Vaccine operations Central Provinces 1868-1885 - 1868-1885
Year: 1868
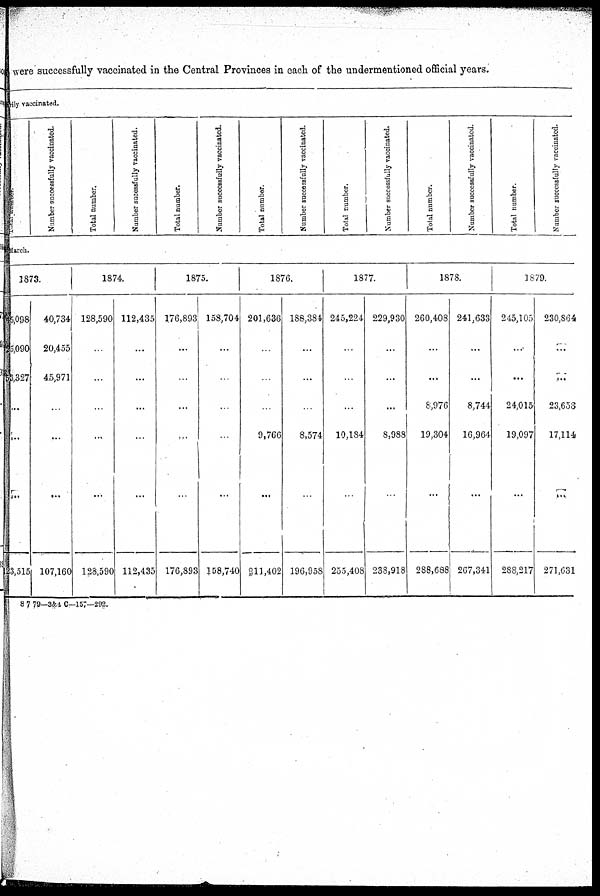
were successfully vaccinated in the Central Provinces in each of the undermentioned official years.
arily vaccinated.
Total number.
Number successfully vaccinated.
Total number.
Number sucessfully vaccinated.
Total number.
Number successfully vaccinated.
Total number.
Number successfully vaccinated.
Total number.
Number successfully vaccinated.
Total number.
Number successfully vaccinated.
Total number.
Number successfully vaccinated.
March.
1873.
45,098
25,090
53,327
...
...
...
123,515
40,734
20,455
45,971
...
...
...
107,160
1874.
128,590
...
...
...
...
...
123,590
112,435
...
...
...
...
...
112,435
1875.
176,893
...
...
...
...
...
176,893
158,704
...
...
...
...
...
158,740
1876.
201,636
...
...
...
9,766
...
211,402
188,384
...
...
...
8,574
...
196,958
1877.
245,224
...
...
...
10,184
...
255,408
229,930
...
...
...
8,988
...
238,918
1878.
260,408
...
...
8,976
19,304
...
288,688
241,633
...
...
8,744
16,964
...
267,341
1879.
245,105
...
...
24,015
19,097
...
288,217
230,864
...
...
23,653
17,114
...
271,631
8 7 79—3&4 C—157—292.